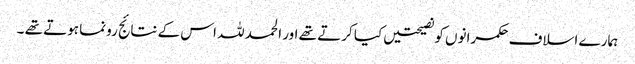
ہمارے اسلاف حکمرانوں کو نصیحتیں کیا کرتے تھے اور الحمد للہ اس کے نتائج رونما ہوتے تھے ۔